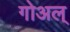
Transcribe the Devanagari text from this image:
गोअल्